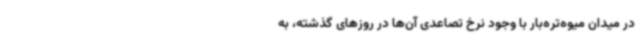
در میدان میوه‌تره‌بار با وجود نرخ تصاعدی آن‌ها در روزهای گذشته، به